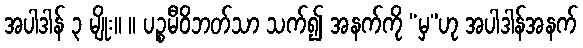
အပါဒါန် ၃ မျိုး။ ။ ပဉ္စမီဝိဘတ်သာ သက်၍ အနက်ကို “မှ”ဟု အပါဒါန်အနက်